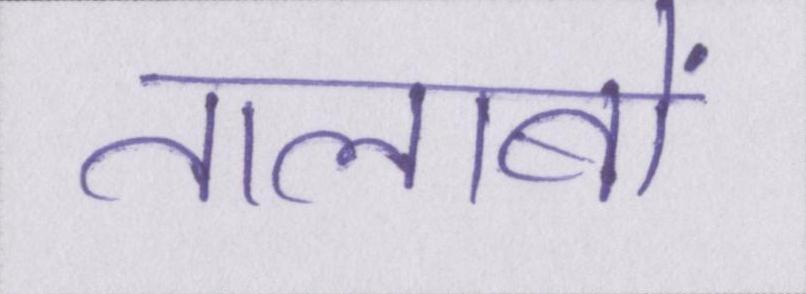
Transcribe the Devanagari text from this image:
तालाबों